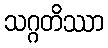
သဂ္ဂတိဿာ